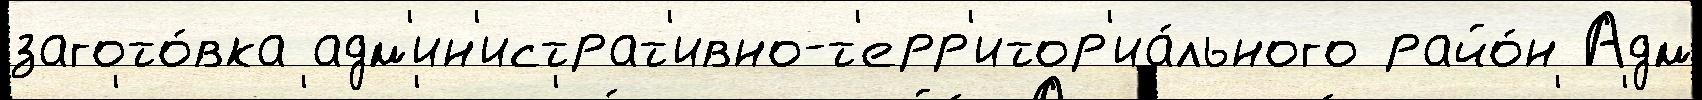
загото́вка адм'ин'истрат'ивно-т'ерр'итор'иа́льного райо́н Адм